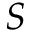
S